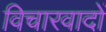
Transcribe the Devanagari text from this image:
विचारवादों